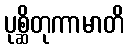
ပုစ္ဆိတုကာမာတိ